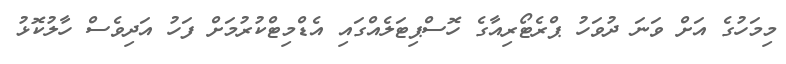
މިމަހުގެ އަށް ވަނަ ދުވަހު ޕްރެޓޯރިއާގެ ހޮސްޕިޓަލެއްގައި އެޑްމިޓްކުރުމަށް ފަހު އަދިވެސް ހާލުކޮޅު